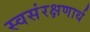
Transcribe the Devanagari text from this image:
स्वसंरक्षणार्थ